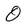
Character: O